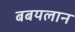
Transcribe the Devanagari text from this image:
बबयलान